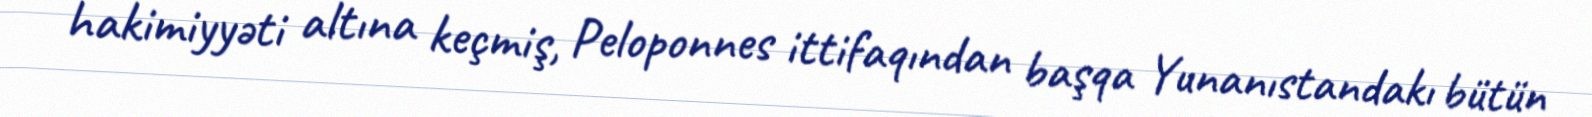
hakimiyyəti altına keçmiş, Peloponnes ittifaqından başqa Yunanıstandakı bütün